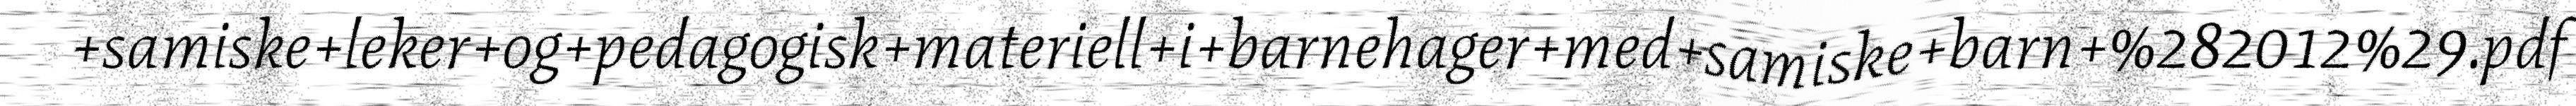
+samiske+leker+og+pedagogisk+materiell+i+barnehager+med+samiske+barn+%282012%29.pdf